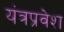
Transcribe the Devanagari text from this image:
यंत्रप्रवेश